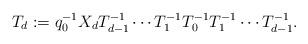
LaTeX: \begin{align*}T_d := q_0^{-1} X_d T_{d-1}^{-1} \cdots T_1^{-1} T_0^{-1} T_1^{-1} \cdots T_{d-1}^{-1}.\end{align*}